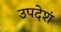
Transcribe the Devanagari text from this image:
उपदेशं